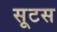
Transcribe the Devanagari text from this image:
सूटस